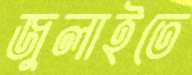
জুলাইতে